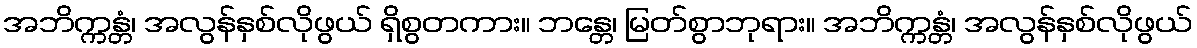
အဘိက္ကန္တံ၊ အလွန်နှစ်လိုဖွယ် ရှိစွတကား။ ဘန္တေ၊ မြတ်စွာဘုရား။ အဘိက္ကန္တံ၊ အလွန်နှစ်လိုဖွယ်